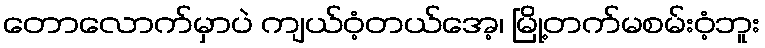
တောလောက်မှာပဲ ကျယ်ဝံ့တယ်အေ့၊ မြို့တက်မစမ်းဝံ့ဘူး